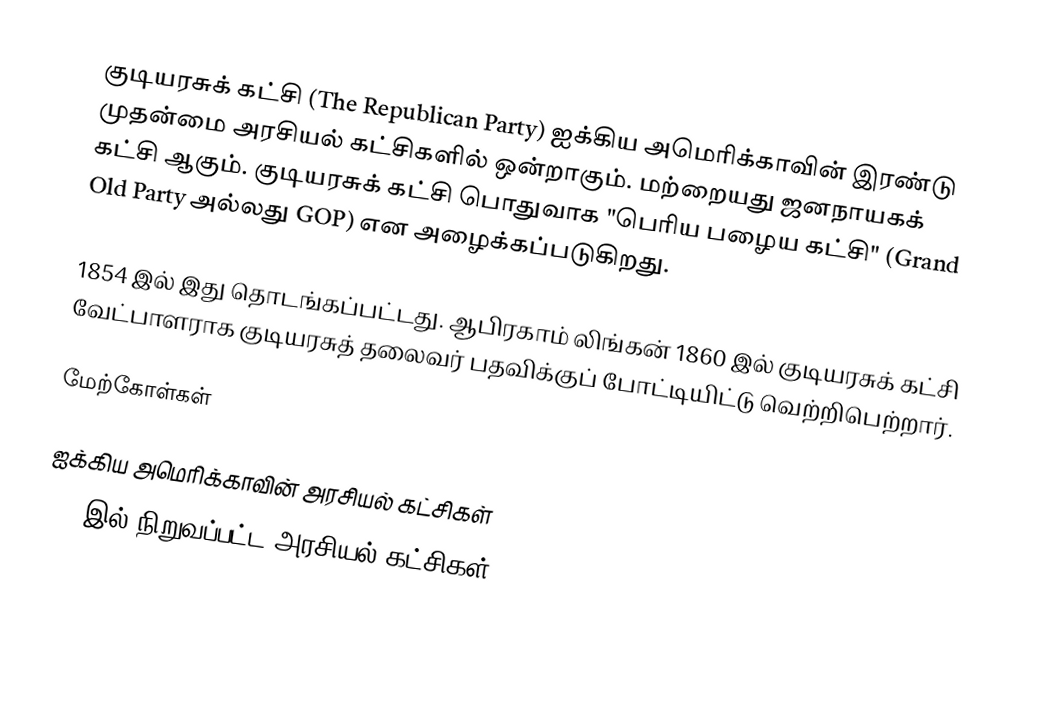
குடியரசுக் கட்சி (The Republican Party) ஐக்கிய அமெரிக்காவின் இரண்டு முதன்மை அரசியல் கட்சிகளில் ஒன்றாகும். மற்றையது ஜனநாயகக் கட்சி ஆகும். குடியரசுக் கட்சி பொதுவாக "பெரிய பழைய கட்சி" (Grand Old Party அல்லது GOP) என அழைக்கப்படுகிறது.

1854 இல் இது தொடங்கப்பட்டது. ஆபிரகாம் லிங்கன் 1860 இல் குடியரசுக் கட்சி வேட்பாளராக குடியரசுத் தலைவர் பதவிக்குப் போட்டியிட்டு வெற்றிபெற்றார்.

மேற்கோள்கள்

ஐக்கிய அமெரிக்காவின் அரசியல் கட்சிகள்
1854இல் நிறுவப்பட்ட அரசியல் கட்சிகள்